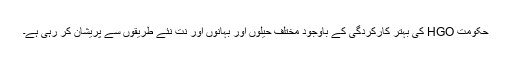
حکومت HGO کی بہتر کارکردگی کے باوجود مختلف حیلوں اور بہانوں اور نت نئے طریقوں سے پریشان کر رہی ہے۔